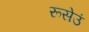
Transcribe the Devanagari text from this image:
रूसेउं